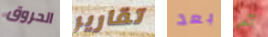
الحروق تقارير بعد آخر